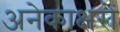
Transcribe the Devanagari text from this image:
अनेकाक्षरों